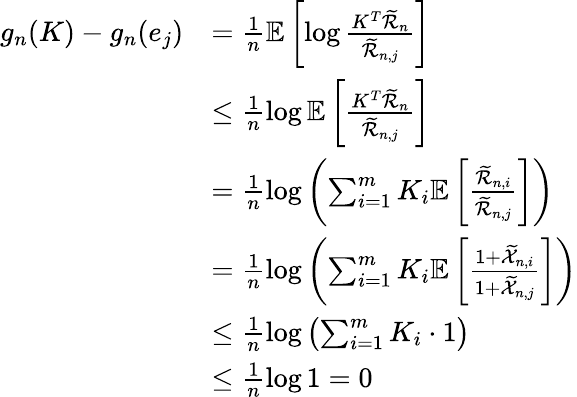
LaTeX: \begin{array}{rl}{g_{n}(K)-g_{n}(e_{j})}&{=\frac{1}{n}\mathbb{E}\left[\log\frac{K^{T}\widetilde{\mathcal{R}}_{n}}{\widetilde{\mathcal{R}}_{n,j}}\right]}\\ &{\leq\frac{1}{n}\log\mathbb{E}\left[\frac{K^{T}\widetilde{\mathcal{R}}_{n}}{\widetilde{\mathcal{R}}_{n,j}}\right]}\\ &{=\frac{1}{n}\log\left(\sum_{i=1}^{m}K_{i}\mathbb{E}\left[\frac{\widetilde{\mathcal{R}}_{n,i}}{\widetilde{\mathcal{R}}_{n,j}}\right]\right)}\\ &{=\frac{1}{n}\log\left(\sum_{i=1}^{m}K_{i}\mathbb{E}\left[\frac{1+\widetilde{\mathcal{X}}_{n,i}}{1+\widetilde{\mathcal{X}}_{n,j}}\right]\right)}\\ &{\leq\frac{1}{n}\log\left(\sum_{i=1}^{m}K_{i}\cdot 1\right)}\\ &{\leq\frac{1}{n}\log 1=0}\end{array}